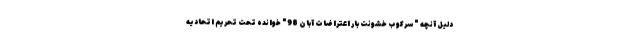
دلیل آنچه "سرکوب خشونت بار اعتراضات آبان 98" خوانده تحت تحریم اتحادیه